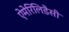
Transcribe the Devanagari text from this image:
ऐमेरिलिडैसी